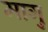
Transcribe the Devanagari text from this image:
मागु